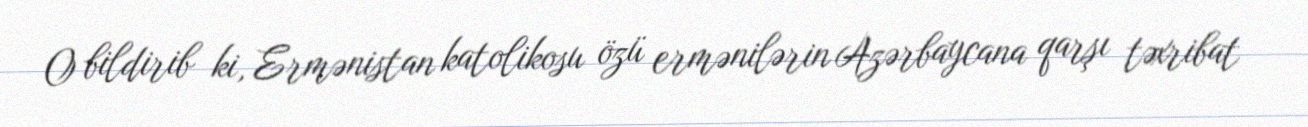
O bildirib ki, Ermənistan katolikosu özü ermənilərin Azərbaycana qarşı təxribat